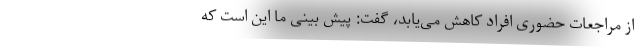
از مراجعات حضوری افراد کاهش می‌یابد، گفت: پیش بینی ما این است که